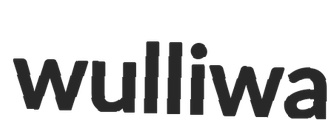
wulliwa